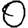
Digit: 0